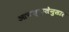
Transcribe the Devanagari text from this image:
आवश्क्तेनुसार